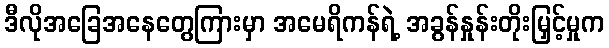
ဒီလိုအခြေအနေတွေကြားမှာ အမေရိကန်ရဲ့ အခွန်နှုန်းတိုးမြှင့်မှုက